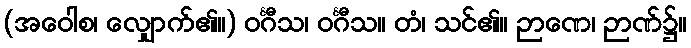
(အဝေါစ၊ လျှောက်၏။) ဝင်္ဂီသ၊ ဝင်္ဂီသ။ တံ၊ သင်၏။ ဉာဏေ၊ ဉာဏ်၌။